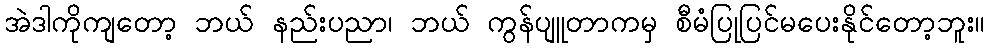
အဲဒါကိုကျတော့ ဘယ် နည်းပညာ၊ ဘယ် ကွန်ပျူတာကမှ စီမံပြုပြင်မပေးနိုင်တော့ဘူး။